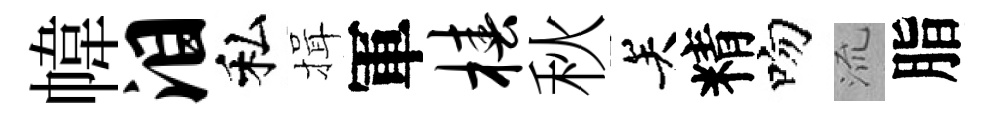
幃泪私揖軍椿秋关精吻𣴑脂